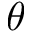
\theta